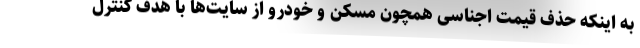
به اینکه حذف قیمت اجناسی همچون مسکن و خودرو از سایت‌ها با هدف کنترل